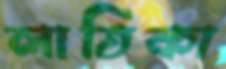
লাতিকা